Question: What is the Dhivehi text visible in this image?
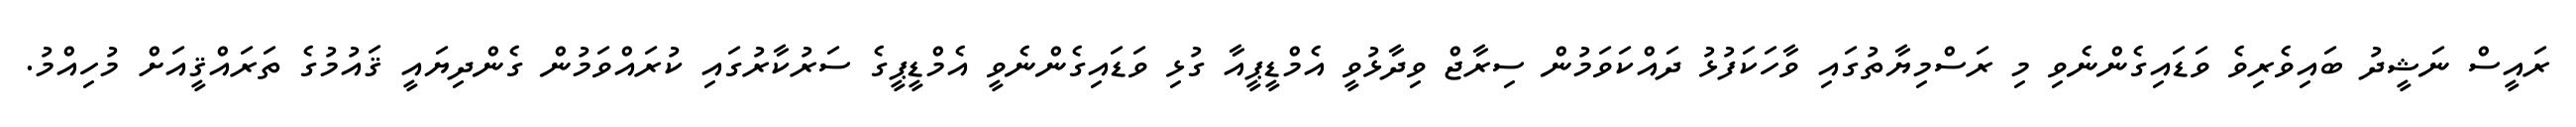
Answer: ރައީސް ނަޝީދު ބައިވެރިވެ ވަޑައިގެންނެވި މި ރަސްމިޔާތުގައި ވާހަކަފުޅު ދައްކަވަމުން ސިރާޖް ވިދާޅުވީ އެމްޑީޕީއާ ގުޅި ވަޑައިގެންނެވީ އެމްޑީޕީގެ ސަރުކާރުގައި ކުރައްވަމުން ގެންދިޔައީ ޤައުމުގެ ތަރައްޤީއަށް މުހިއްމު.